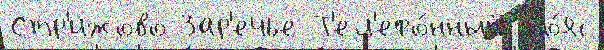
Стр'ижово Зар'ечье Т'ел'ефо́нный по́яс